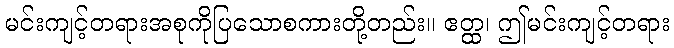
မင်းကျင့်တရားအစုကိုပြသောစကားတို့တည်း။ ဧတ္ထ၊ ဤမင်းကျင့်တရား